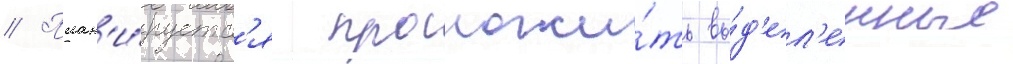
// План'и́руетс'я проложи́ть вы́д'ел'енные